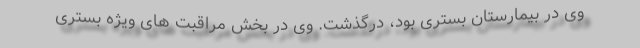
وی در بیمارستان بستری بود، درگذشت. وی در بخش مراقبت های ویژه بستری